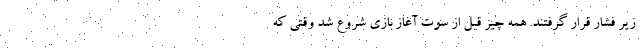
زیر فشار قرار گرفتند. همه چیز قبل از سوت آغاز بازی شروع شد وقتی که